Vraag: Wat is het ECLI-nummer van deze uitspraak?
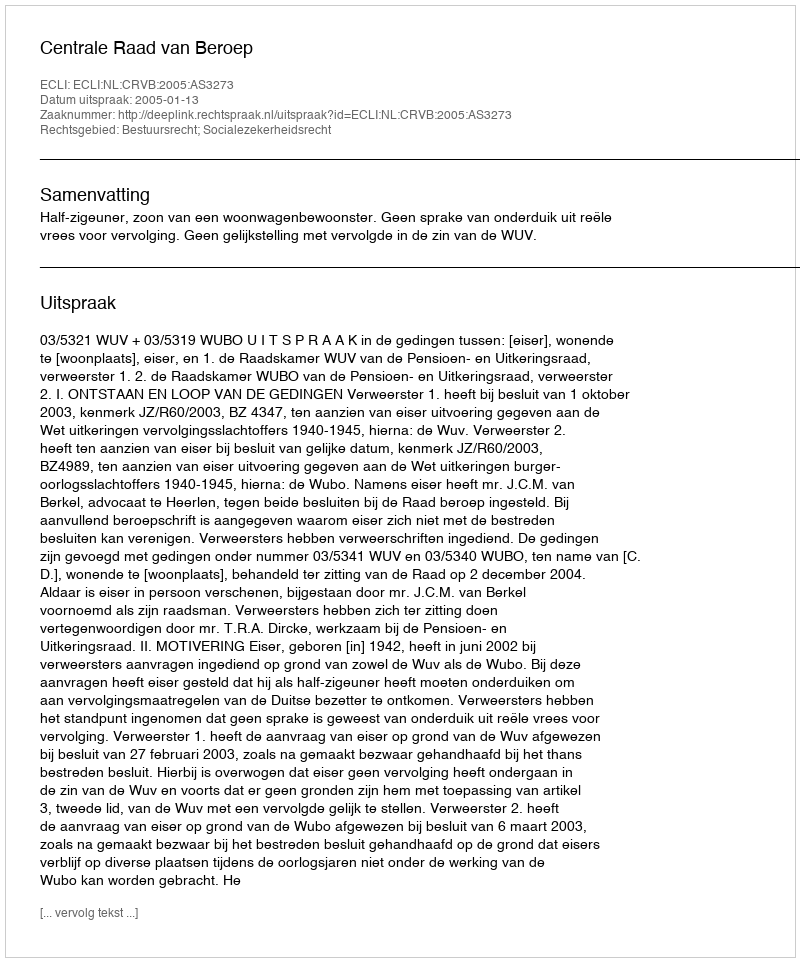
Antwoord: ECLI:NL:CRVB:2005:AS3273